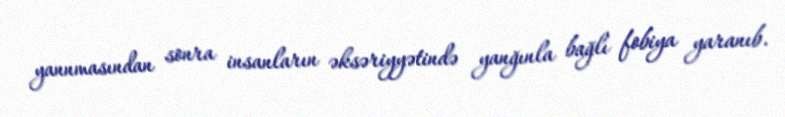
yannmasından sonra insanların əksəriyyətində yanğınla bağlı fobiya yaranıb.